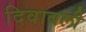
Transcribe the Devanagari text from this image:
दिवाबली